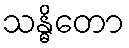
သန္ဓိတော